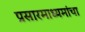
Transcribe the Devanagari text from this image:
प्रसारमाध्यमांचा